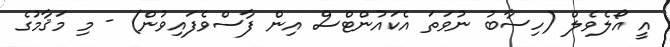
އީ އޯލެވެލް (ހިސާބު ނުވަތަ އެކައުންޓްސް އިން ފާސްވެފައިވުން) - މި މަޤާމުގެ